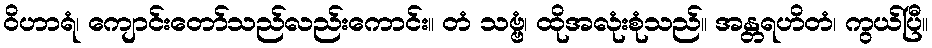
ဝိဟာရံ၊ ကျောင်းတော်သည်လည်းကောင်း။ တံ သဗ္ဗံ၊ ထိုအလုံးစုံသည်။ အန္တရဟိတံ၊ ကွယ်ပြီ။